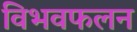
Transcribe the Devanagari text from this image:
विभवफलन